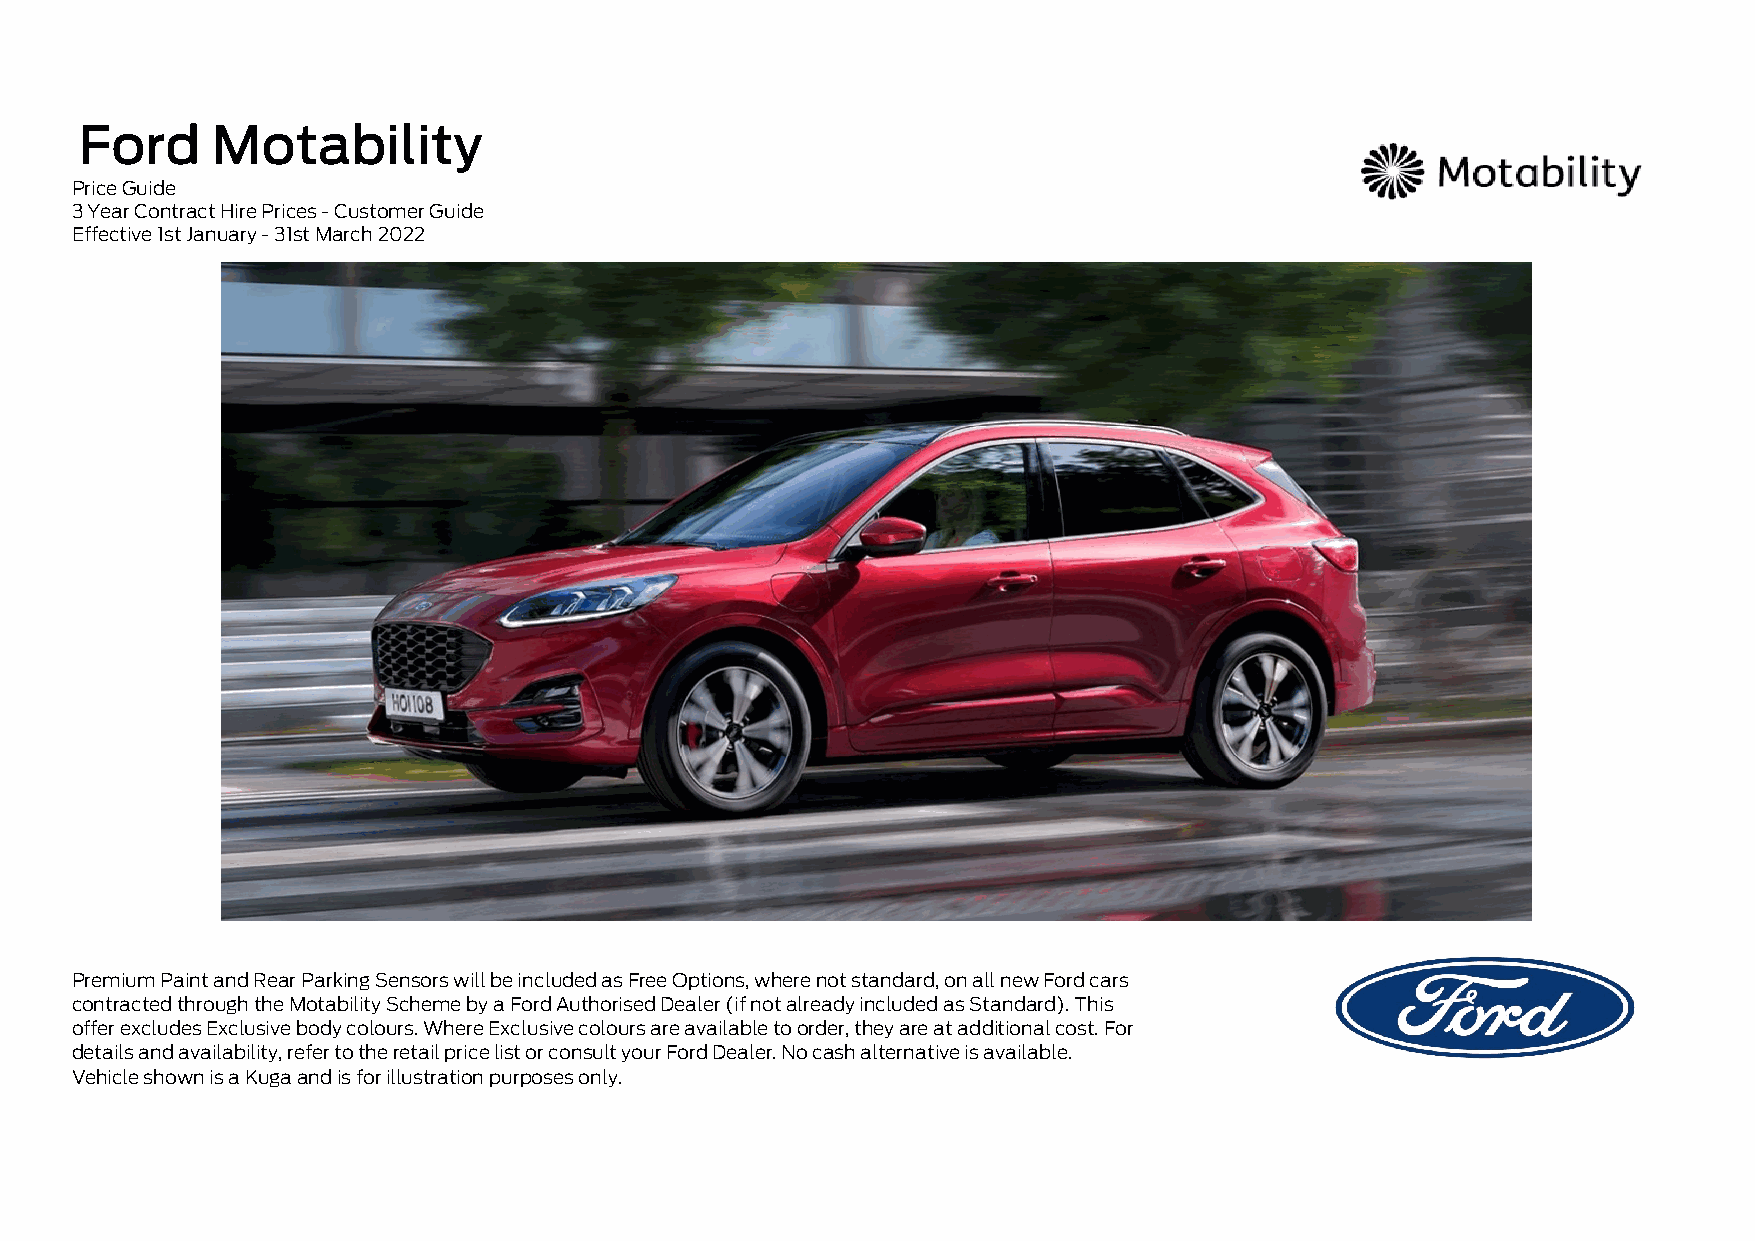
Ford     Motability
 Price Guide
 3 Year Contract Hire Prices - Customer Guide
 Effective 1st January - 31st March 2022
 Premium Paint and Rear Parking Sensors will be included as Free Options, where not standard, on all new Ford cars
 contracted through the Motability Scheme by a Ford Authorised Dealer (if not already included as Standard). This
 offer excludes Exclusive body colours. Where Exclusive colours are available to order, they are at additional cost. For
 details and availability, refer to the retail price list or consult your Ford Dealer. No cash alternative is available.
 Vehicle shown is a Kuga and is for illustration purposes only.